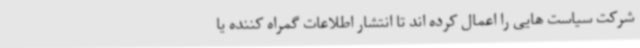
شرکت سیاست هایی را اعمال کرده اند تا انتشار اطلاعات گمراه کننده یا